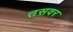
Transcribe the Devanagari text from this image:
तसवर